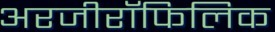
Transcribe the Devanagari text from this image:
अरजीरॉफिलिक